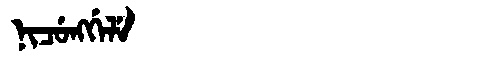
Manchu: ᠨᡳᠴᡠᠩᡤᡝᠯᡝ
Romanization: NICUNGGELE